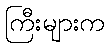
ကြီးများက